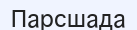
Парсшада